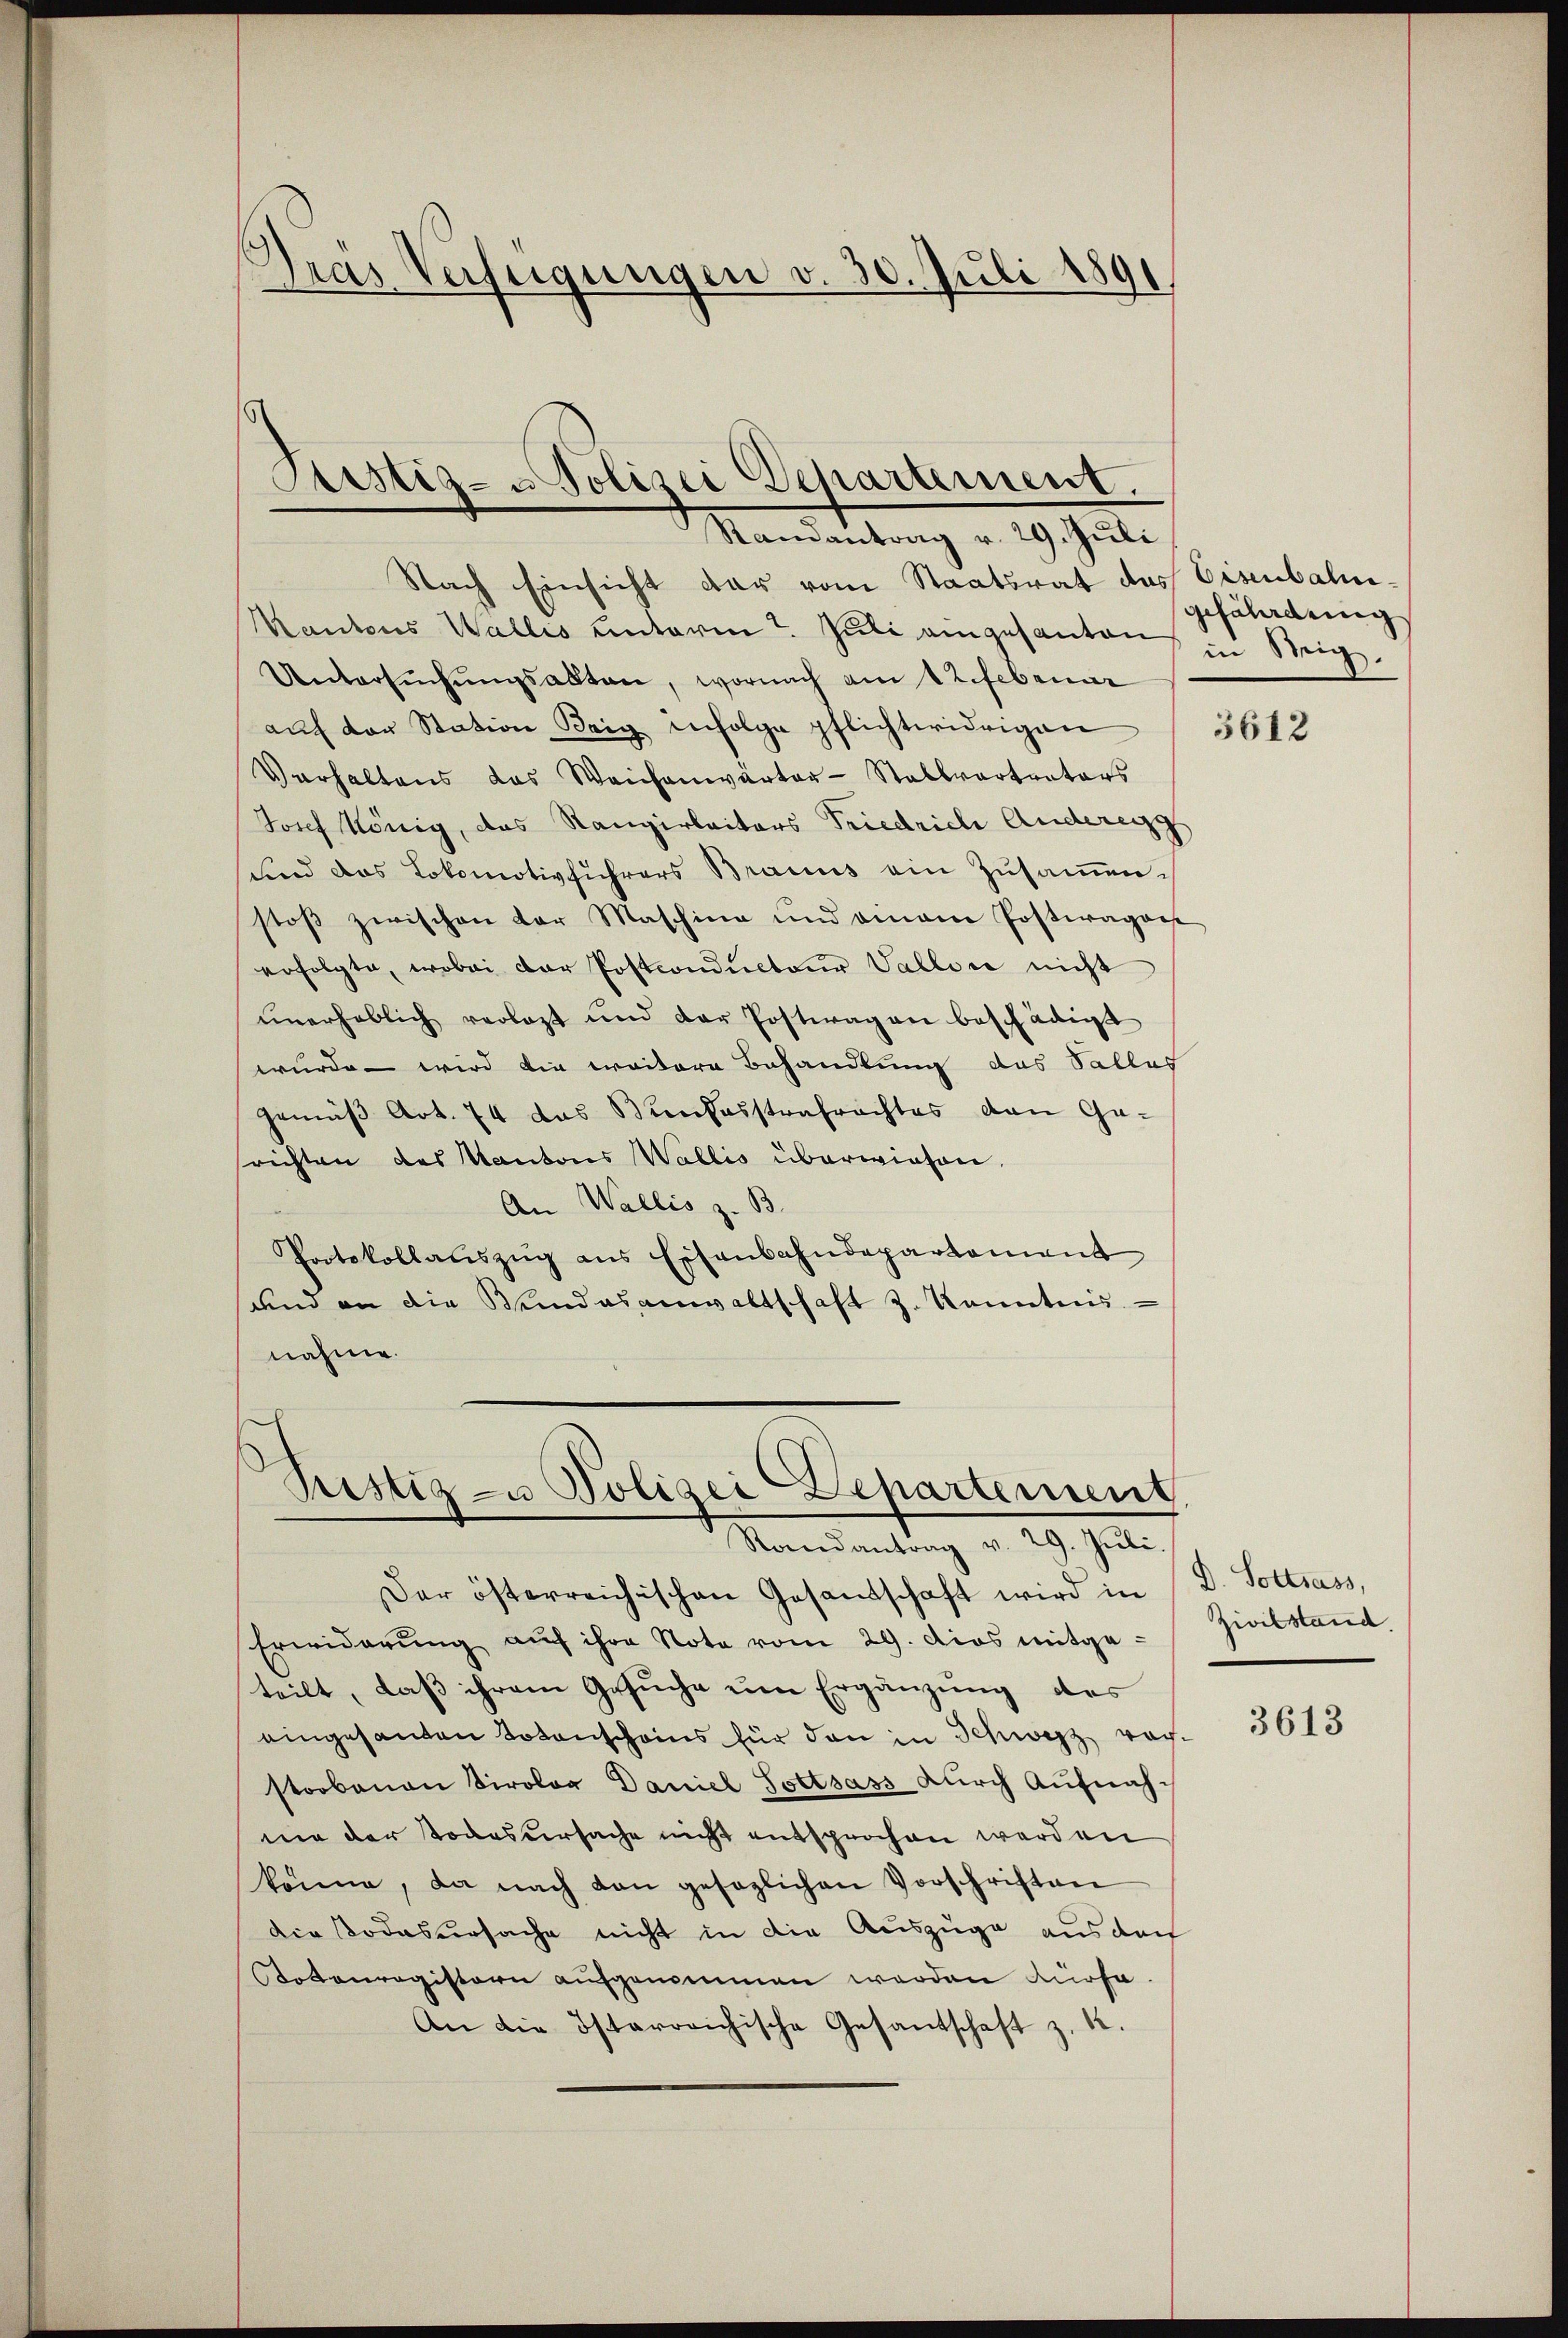
Dras Verfügungen v. 30. Juli 1891

Justiz- & Polizei Departement.
Randantrag v. 29. Juli

Nach Einsicht dar vom Staatsrat das Eisenbahn-
Kantons Wallis unterm 7. Juli eingesanten zu Steig.
Untersŭchŭngsakten, wornach am 12. Februar
aŭf der Station Baig infolge pflichtwidrigen 13612
Verhaltens das Weichenwarter-Stallvertrators
Josef König, das Rangirbaitars Friedrich Anderegg
sind das Lokomotivführers Bracus ein Zusammenstoß zwischen der Maschina und omnem Postwager
erfolgte, wobei der Postconducteur Vallon nicht
unerheblich verlast und der Postwagen beschädigt
wurde – wird die weitere Behandlung das Sallas
gemäß Art. 74 das Bundesstrafrachtes den Ge-
srichten des Kantores Wallis überwiesen.
An Wallis z. B.
Protokollaŭszŭg ans Eisenbahndepartament
und an die Bundesanwaltschaft z. Kanntnis.
nahme.

Pristig- u Polizei Departement
Randantrag v. 29. Juli.

Der österreichischen Gesandschaft wird in
Erwiderung auf ihre Note vom 29. dies mitge-
teilt, daß ihrem Gesŭche um Ergänzung des
eingesanten Totenscheins für dan in Schweiz rachstorbenen Tirolog Daniel Gottsass durch Aufnahmie der Todesursache nicht entsprochen werden
könne, da nach den gesaglichen Vorschriften
die Todesursache nicht in die Auszüge aus doch
Kotonregistern aufgenommen werden dürfe.
An die österreichische Gesantschaft z. B.

gefährdung

D. Soltsass,
Zivilstand.

3613